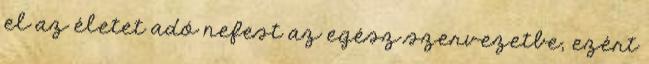
el az életet adó nefest az egész szervezetbe, ezért